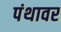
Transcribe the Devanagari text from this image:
पंथावर